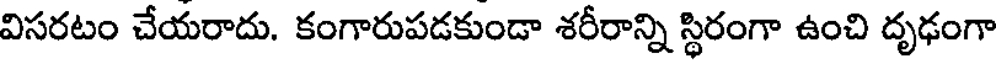
విసరటం చేయరాదు. కంగారుపడకుండా శరీరాన్ని స్థిరంగా ఉంచి దృఢంగా